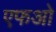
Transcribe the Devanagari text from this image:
एफओ